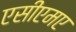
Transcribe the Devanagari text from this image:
एसीएमए